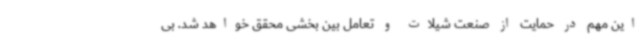
این مهم در حمایت از صنعت شیلات و تعامل بین بخشی محقق خواهد شد. بی